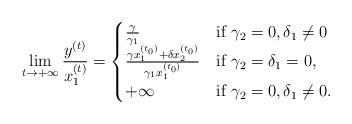
LaTeX: \begin{align*}\lim_{t\rightarrow+\infty}\frac{y^{(t)}}{x_{1}^{(t)}}=\begin{cases}\frac{\gamma}{\gamma_1} & \mbox{if }\gamma_{2}=0,\delta_{1}\neq0\\\frac{\gamma x_{1}^{(t_{0})}+\delta x_{2}^{(t_{0})}}{\gamma_1x_{1}^{\left(t_{0}\right)}} & \mbox{if }\gamma_{2}=\delta_{1}=0,\\+\infty & \mbox{if }\gamma_{2}=0,\delta_{1}\neq0.\end{cases}\end{align*}